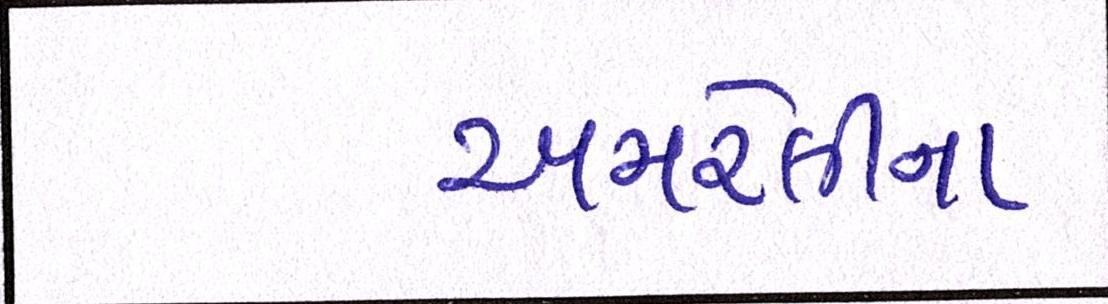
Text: અમરેલીના